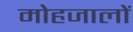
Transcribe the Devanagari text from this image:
मोहजालों